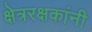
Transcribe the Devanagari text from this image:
क्षेत्ररक्षकांनी